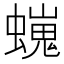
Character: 𧑵